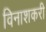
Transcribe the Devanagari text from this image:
विनाशकरी